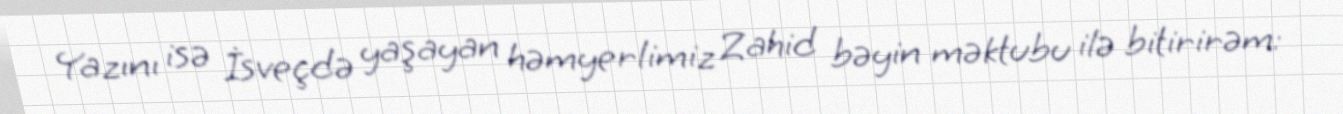
Yazını isə İsveçdə yaşayan həmyerlimiz Zahid bəyin məktubu ilə bitirirəm: